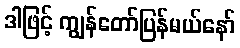
ဒါဖြင့် ကျွန်တော်ပြန်မယ်နော်